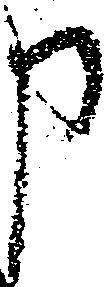
申